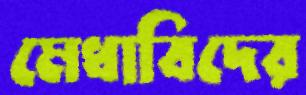
মেধাবিদের